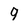
Character: 9